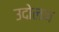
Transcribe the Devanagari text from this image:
उदोलन